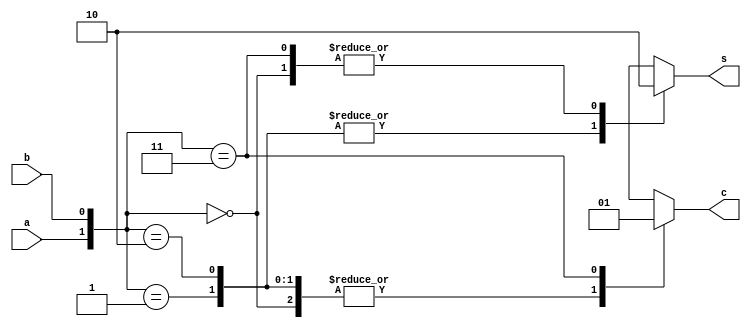
`timescale 1ns / 1ps
//////////////////////////////////////////////////////////////////////////////////
// Company: 
// Engineer: 
// 
// Design Name: 
// Module Name: half_adder_case
// Project Name: 
// Target Devices: 
// Tool Versions: 
// Description: 
// 
// Dependencies: 
// 
// Revision:
// Revision 0.01 - File Created
// Additional Comments:
// 
//////////////////////////////////////////////////////////////////////////////////


module half_adder_case(a, b, c, s);

input a, b;
output reg c;
output reg s;

always @* begin
 case ({a, b})
   2'b00: begin
   s=1'b0;
   c=1'b0;
  end
   2'b01: begin
   s=1'b1;
   c=1'b0;
  end
   2'b10: begin
   s=1'b1;
   c=1'b0;
  end
   2'b11: begin
   s=1'b0;
   c=1'b1;
  end
  
  default: begin
   s=1'b0;
   c=1'b0;
  end
 endcase
end

endmodule